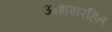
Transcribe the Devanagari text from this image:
आशयरहित